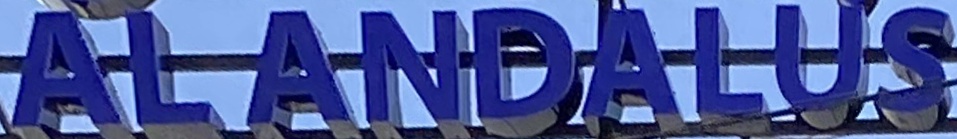
Al ANDALUS